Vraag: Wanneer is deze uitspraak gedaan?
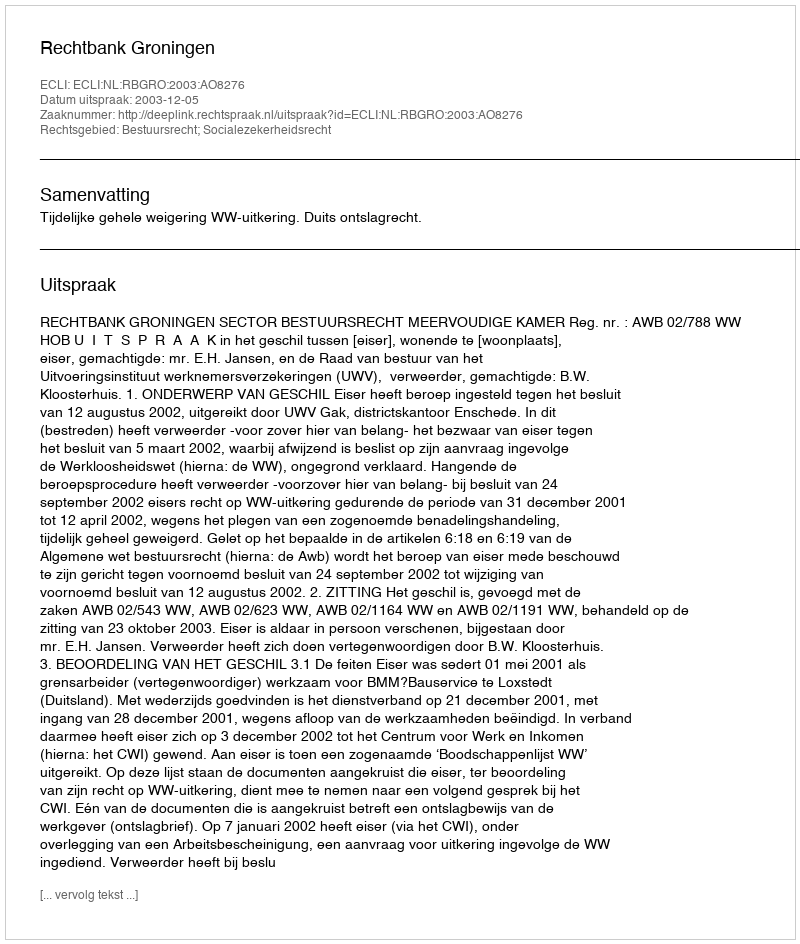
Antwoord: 2003-12-05